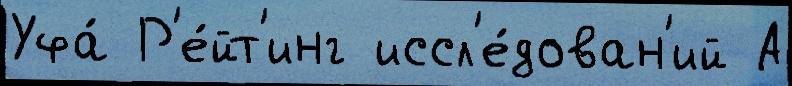
Уфа́ Р'е́йт'инг иссл'е́дован'ий А